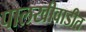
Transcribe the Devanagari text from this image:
पालखीवाडीत